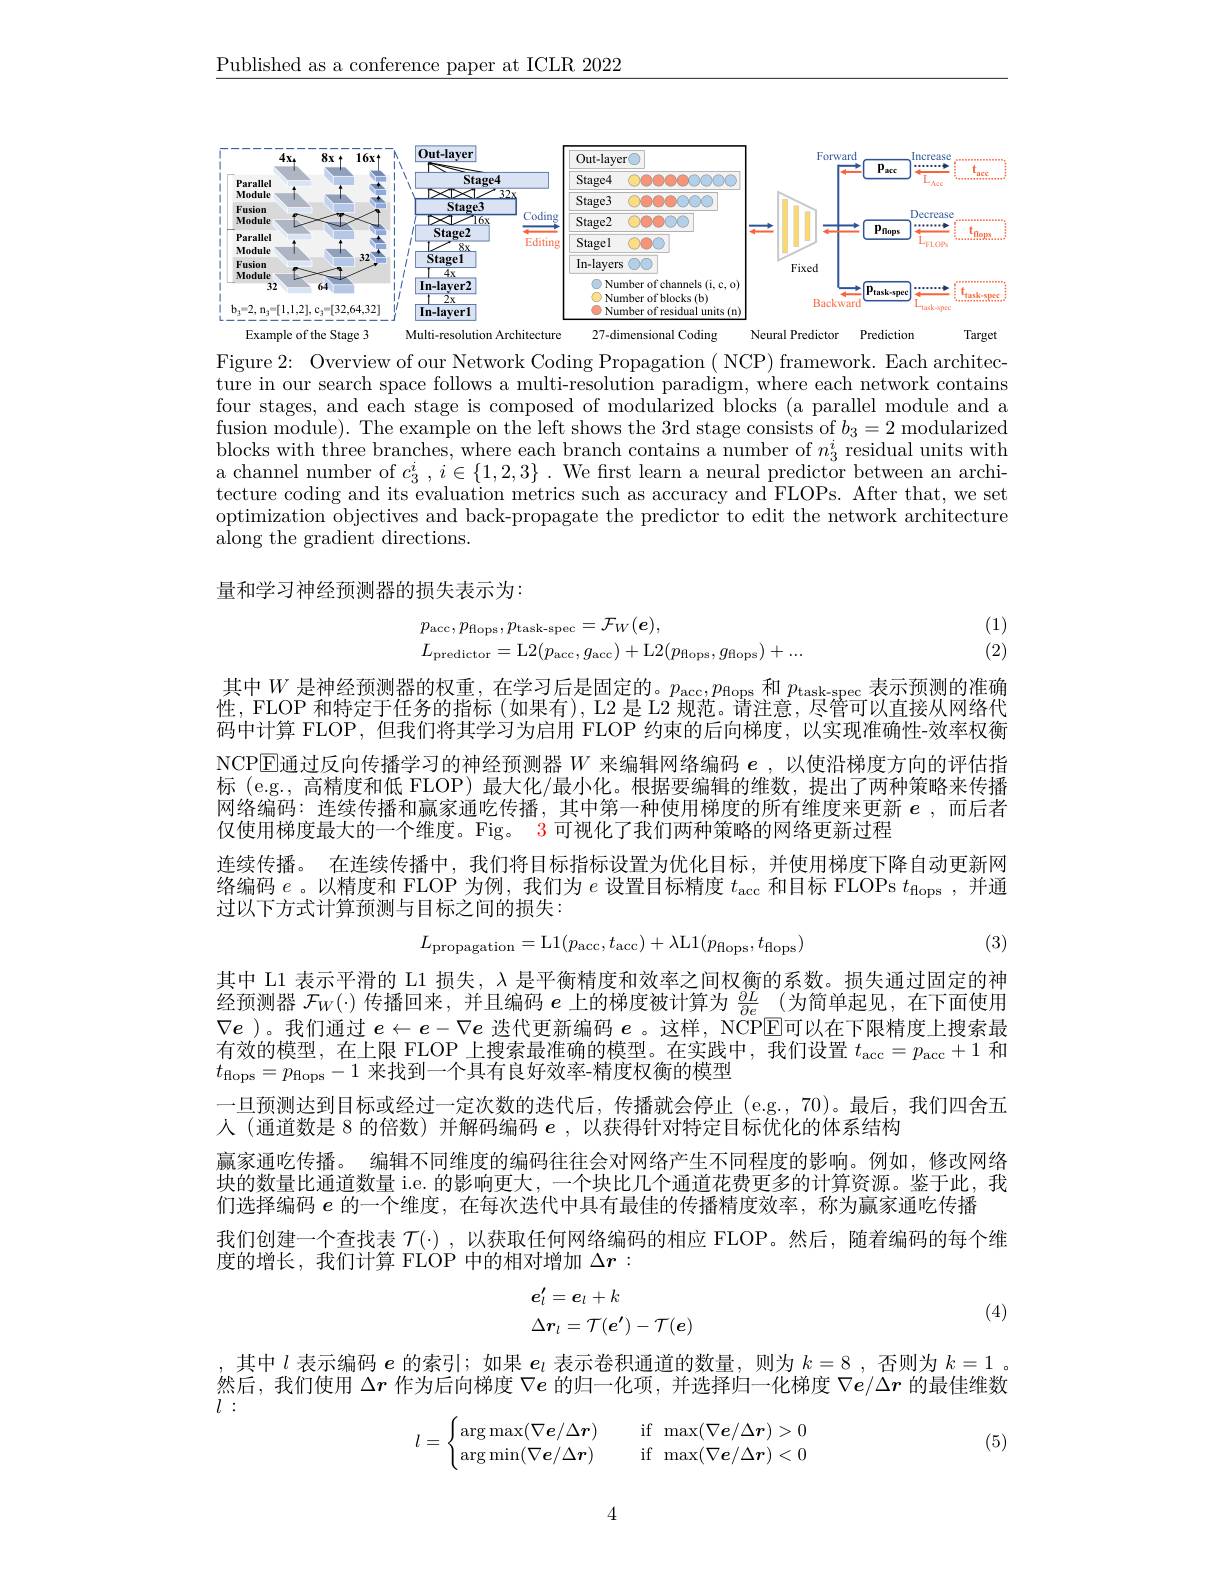
$\underline{\text{Published as a conference paper at ICLR 2022}}$

<FigureHere>
Example of the Stage 3
Multi-resolution Architecture
27-dimensional Coding
Neural Predictor Prediction
Target

Figure 2: Overview of our Network Coding Propagation ( NCP) framework. Each architecture in our search space follows a multi-resolution paradigm, where each network contains four stages, and each stage is composed of modularized blocks (a parallel module and a fusion module). The example on the left shows the 3rd stage consists of $b_3=2$ modularized blocks with three branches, where each branch contains a number of $n_{3}^{i}$residual units with blocks with three branches, where each branch contains a number of $n_{3}^{i}$residual units with a channel number of $c_3^i,i\in\{1,2,3\}.$ We frst learn a neural predictor between an architecture coding and its evaluation metrics such as accuracy and FLOPs. After that, we set optimization objectives and back-propagate the predictor to edit the network architecture along the gradient directions.

量和学习神经预测器的损失表示为：

(1) (2)
$$\begin{aligned}&p_{\mathrm{acc}},p_{\mathrm{flops}},p_{\mathrm{task-spec}}=\mathcal{F}_{W}(\boldsymbol{e}),\\&L_{\mathrm{predictor}}=\mathrm{L}2(p_{\mathrm{acc}},g_{\mathrm{acc}})+\mathrm{L}2(p_{\mathrm{flops}},g_{\mathrm{flops}})+...\end{aligned}$$
其中$W$是神经预测器的权重，在学习后是固定的。$p_\mathrm{acc},p_\mathrm{flops}$和$p_\mathrm{task-spec}$表示预测的准确性，FLOP 和特定于任务的指标 (如果有), L2 是 L2 规范。请注意，尽管可以直接从网络代码中计算 FLOP, 但我们将其学习为启用 FLOP 约束的后向梯度，以实现准确性-效率权衡NCP$\overline{\mathrm{E}}$通过反向传播学习的神经预测器$W$来编辑网络编码$e$ ,以使沿梯度方向的评估指标 (e.g., 高精度和低 FLOP) 最大化/最小化。根据要编辑的维数，提出了两种策略来传播网络编码：连续传播和赢家通吃传播，其中第一种使用梯度的所有维度来更新$e$,而后者仅使用梯度最大的一个维度。Fig。3 可视化了我们两种策略的网络更新过程
连续传播。在连续传播中，我们将目标指标设置为优化目标，并使用梯度下降自动更新网络编码$e$。以精度和 FLOP 为例，我们为$e$设置目标精度$t_\mathrm{acc}$和目标 FLOPs $t_\mathrm{flops}$,并通过以下方式计算预测与目标之间的损失：
$$L_{\text{propagation}}=\text{L}1(p_{\text{acc}},t_{\text{acc}})+\lambda\text{L}1(p_{\text{flops}},t_{\text{flops}})$$
(3)

其中 L1 表示平滑的 L1 损失，$\lambda$是平衡精度和效率之间权衡的系数。损失通过固定的神经预测器$\mathcal{F}_W(\cdot)$传播回来，并且编码$e$上的梯度被计算为$\frac{\partial L}{\partial e}$ (为简单起见，在下面使用$\nabla e$ )。我们通过$e\leftarrow e-\nabla e$迭代更新编码$e$ 。这样，NCP$\overline{\mathrm{E}}$可以在下限精度上搜索最有效的模型，在上限 FLOP 上搜索最准确的模型。在实践中，我们设置$t_\mathrm{acc}=p_\mathrm{acc}+1$和$t_{\mathrm{flops}}=p_{\mathrm{flops}}-1$来找到一个具有良好效率-精度权衡的模型

一旦预测达到目标或经过一定次数的迭代后，传播就会停止 (e.g.,70)。最后，我们四舍五
人 (通道数是 8 的倍数) 并解码编码$e$ ,以获得针对特定目标优化的体系结构
赢家通吃传播。编辑不同维度的编码往往会对网络产生不同程度的影响。例如，修改网络块的数量比通道数量 i.e. 的影响更大，一个块比几个通道花费更多的计算资源。鉴于此，我们选择编码$e$的一个维度，在每次迭代中具有最佳的传播精度效率，称为赢家通吃传播
我们创建一个查找表$\mathcal{T}(\cdot)$ ,以获取任何网络编码的相应 FLOP。然后，随着编码的每个维
度的增长，我们计算 FLOP 中的相对增加$\Delta r:$
$$\begin{array}{l}e_l'=e_l+k\\\Delta r_l=\mathcal{T}(e')-\mathcal{T}(e)\end{array}$$
(4)

其中$l$表示编码$e$的索引；如果$e_l$表示卷积通道的数量，则为$k=8$ ,否则为$k=1$ 。然后，我们使用$\Delta r$作为后向梯度$\nabla e$的归一化项，并选择归一化梯度$\nabla e/\Delta r$的最佳维数$l:$
$$l=\begin{cases}\arg\max(\nabla\boldsymbol e/\Delta\boldsymbol r)&\quad\text{if}\:\max(\nabla\boldsymbol e/\Delta\boldsymbol r)>0\\\arg\min(\nabla\boldsymbol e/\Delta\boldsymbol r)&\quad\text{if}\:\max(\nabla\boldsymbol e/\Delta\boldsymbol r)<0\end{cases}$$
(5)

4